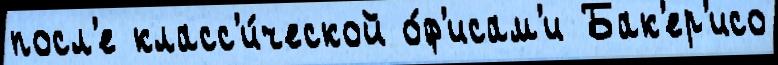
посл'е класс'и́ческой о́ф'исам'и Бак'ер'исо